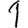
Digit: 1